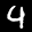
Label: 9